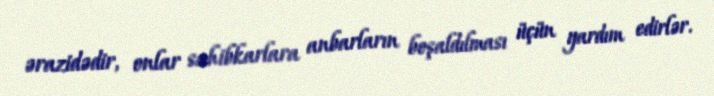
ərazidədir, onlar sahibkarlara anbarların boşaldılması üçün yardım edirlər.